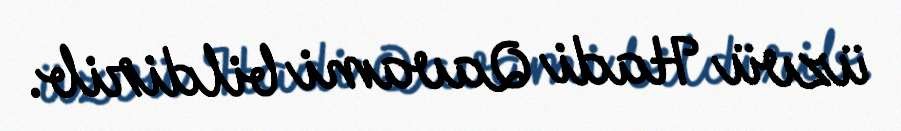
üzvü Hadi Qavami bildirib.